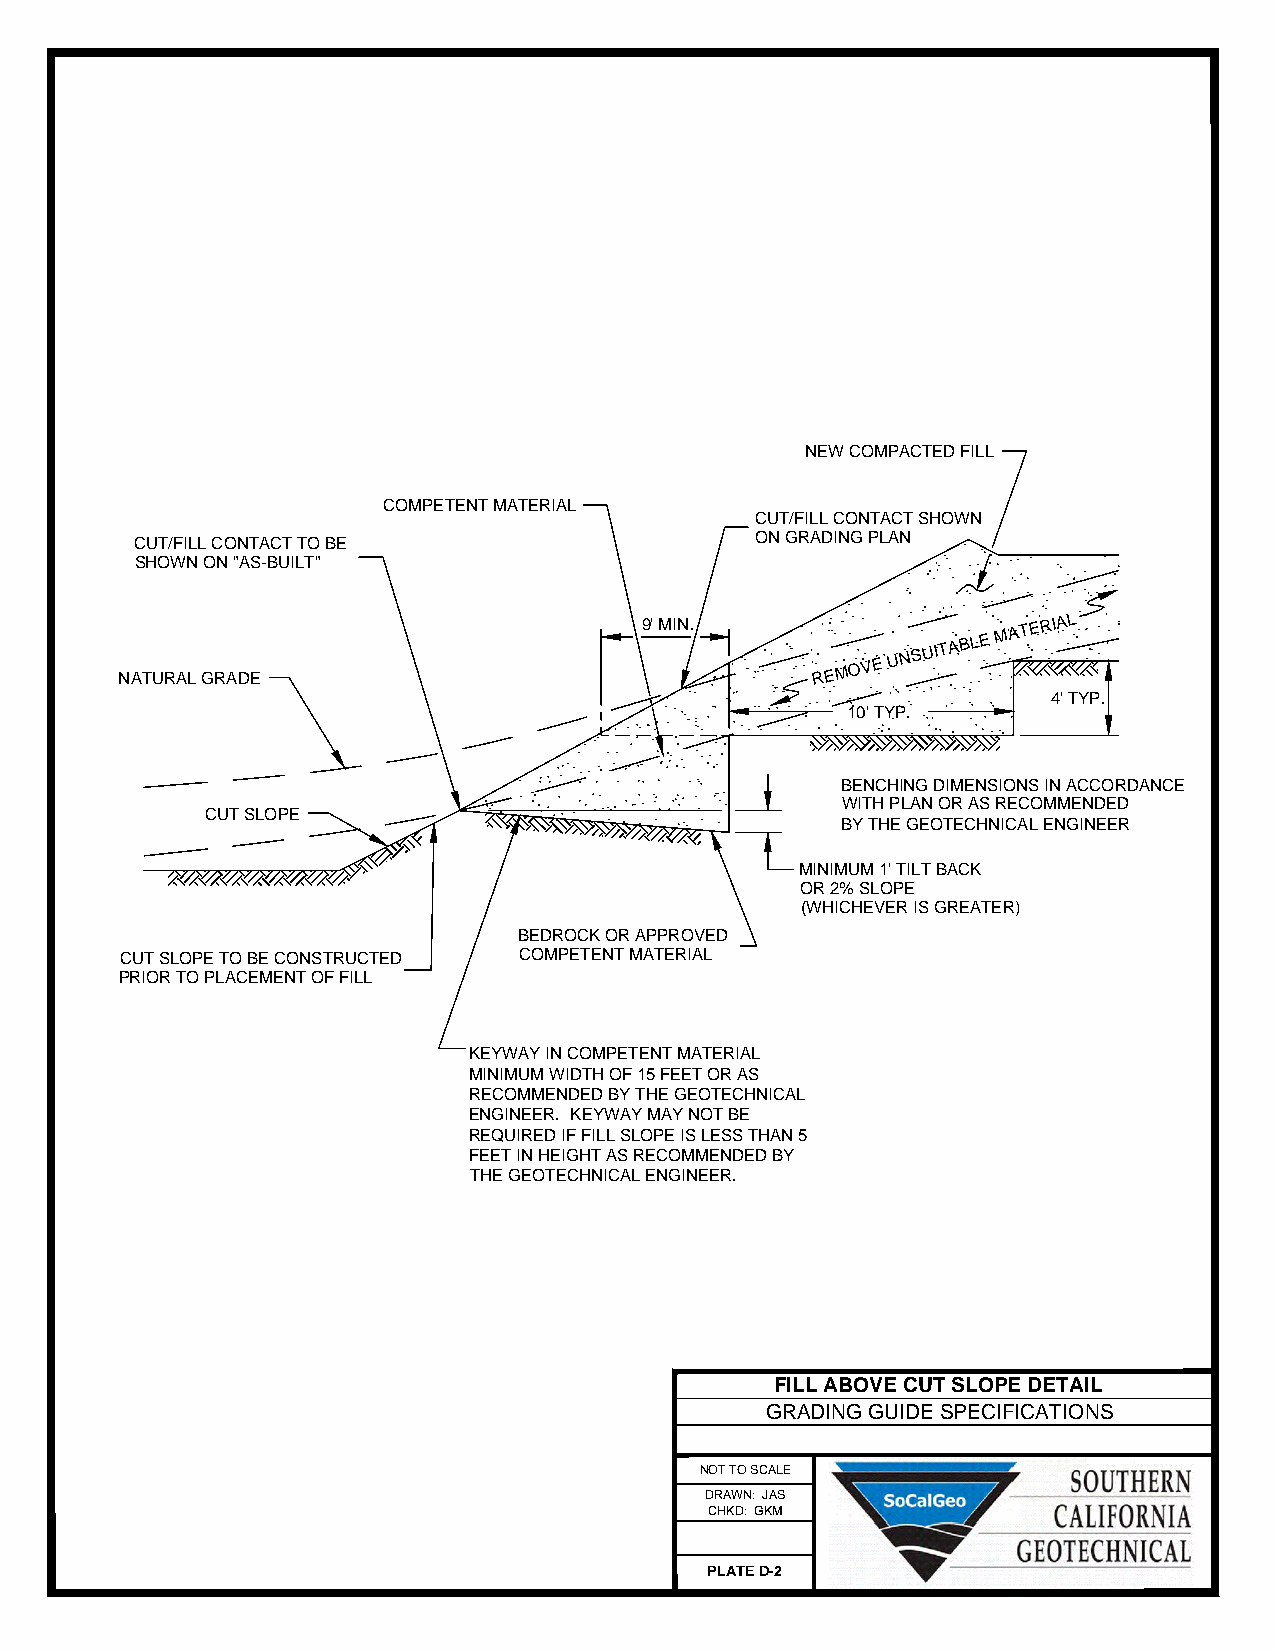
NEW COMPACTED FILL
 COMPETENT MATERIAL
 CUT/FILL CONTACT SHOWN
 CUT/FILL CONTACT TO BE                   ON GRADING PLAN
 SHOWN ON "AS-BUILT"
 NATURAL GRADE
 9' MIN.
 REMOVE
 UNSUITABLE
 MATERIAL
 4' TYP.
 10' TYP.
 BENCHING DIMENSIONS IN ACCORDANCE
 WITH PLAN OR AS RECOMMENDED
 CUT SLOPE
 BY THE GEOTECHNICAL ENGINEER
 MINIMUM 1' TILT BACK
 OR 2% SLOPE
 (WHICHEVER IS GREATER)
 BEDROCK OR APPROVED
 CUT SLOPE TO BE CONSTRUCTED COMPETENT MATERIAL
 PRIOR TO PLACEMENT OF FILL
 KEYWAY IN COMPETENT MATERIAL
 MINIMUM WIDTH OF 15 FEET OR AS
 RECOMMENDED BY THE GEOTECHNICAL
 ENGINEER. KEYWAY MAY NOT BE
 REQUIRED IF FILL SLOPE IS LESS THAN 5
 FEET IN HEIGHT AS RECOMMENDED BY
 THE GEOTECHNICAL ENGINEER.
 FILL ABOVE CUT SLOPE DETAIL
 GRADING GUIDE SPECIFICATIONS
 NOT TO SCALE
 DRAWN: JAS
 CHKD: GKM
 PLATE D-2